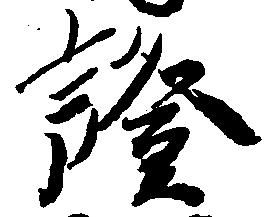
証